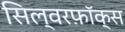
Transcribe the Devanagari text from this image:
सिल्वरफ़ॉक्स